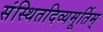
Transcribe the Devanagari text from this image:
संस्थितदिव्यमूर्तिम्